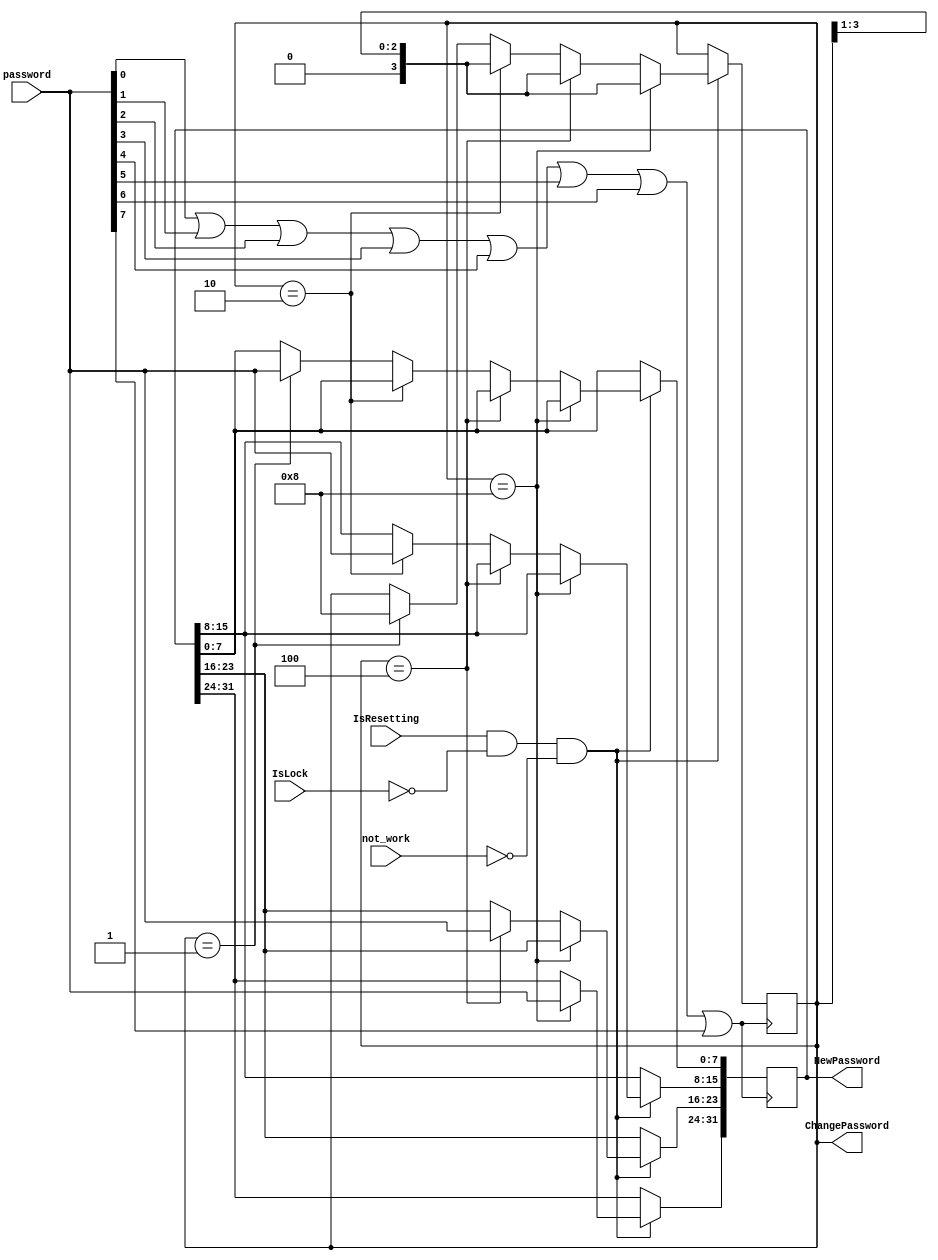
`timescale 1ns / 1ps
//////////////////////////////////////////////////////////////////////////////////
// Company: 
// Engineer: 
// 
// Design Name: 
// Module Name: ChangePassword
// Project Name: 
// Target Devices: 
// Tool Versions: 
// Description: 
// 
// Dependencies: 
// 
// Revision:
// Revision 0.01 - File Created
// Additional Comments:
// 
//////////////////////////////////////////////////////////////////////////////////


module PasswordChange(
    input             IsResetting,    // 10
    input             IsLock,         // 1
    input             not_work,       // 13
    input      [7:0]  password,       // 
    output reg [3:0]  ChangePassword, // 
    output reg [31:0] NewPassword     // 
    );
// 
wire sumpassword;
assign sumpassword = password[0]||password[1]||password[2]||password[3]||
        password[4]||password[5]||password[6]||password[7];

initial begin
    ChangePassword <= 4'b1000;
    NewPassword <= 32'b00000010_00000010_00000010_00000010;
end

// 
// 
// 
// 
always @(posedge sumpassword) begin
    if (IsResetting && !IsLock && !not_work) begin
    // 31
        if (ChangePassword == 4'b1000) begin
            NewPassword[31:24] <= password;
            ChangePassword <= ChangePassword >> 1;
        end
        else if(ChangePassword == 4'b0100) begin
            NewPassword[23:16] <= password;
            ChangePassword <= ChangePassword >> 1;
        end
        else if(ChangePassword == 4'b0010) begin
            NewPassword[15:8] <= password;
            ChangePassword <= ChangePassword >> 1;
        end
        else if(ChangePassword == 4'b0001) begin
            NewPassword[7:0] <= password;
            ChangePassword <= 4'b1000;
        end
    end
end
endmodule